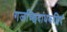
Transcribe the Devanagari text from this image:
गजच्छिदांधकछिदं